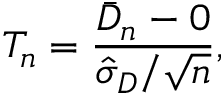
T _ { n } = { \frac { { \bar { D } } _ { n } - 0 } { { \hat { \sigma } } _ { D } / { \sqrt { n } } } } ,